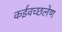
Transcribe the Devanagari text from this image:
कईवच्छलेण